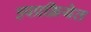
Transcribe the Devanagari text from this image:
उपप्रक्रियेत